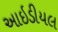
આઇડીયલ